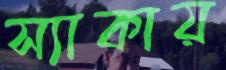
স্যাকায়